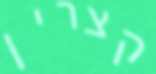
קצרין